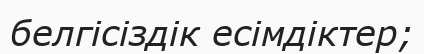
белгісіздік есімдіктер;